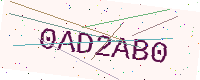
Text: 0AD2AB0